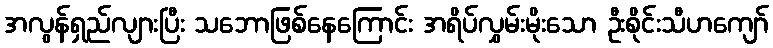
အလွန်ရှည်လျားပြီး သဘောဖြစ်နေကြောင်း အရိပ်လွှမ်းမိုးသော ဦးစိုင်းသီဟကျော်